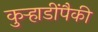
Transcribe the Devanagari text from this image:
कुऱ्हाडींपैकी